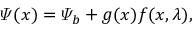
\varPsi ( x ) = \varPsi _ { b } + g ( x ) f ( x , \lambda ) ,